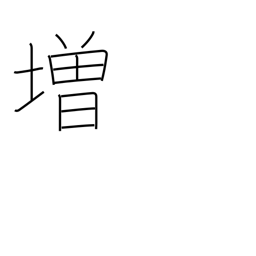
Meaning: promote